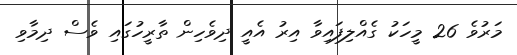
މަރުވެ 26 މީހަކު ގެއްލިފައިވާ އިރު އެއީ ދިވެހިން ތާރީހުގައި ވެސް ދިމާވި